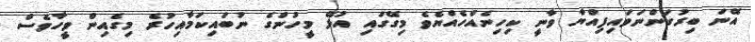
އޭނަ ބިރުގަންނަވައިފިއްޔާ ވާނީ ކިހިނެއްހެއްޔެވެ މިގޭގައި އުޅޭ މީހުންގެ ނުބައިކަމާއިހުރެ މިގެއިން ވީހާވެސް